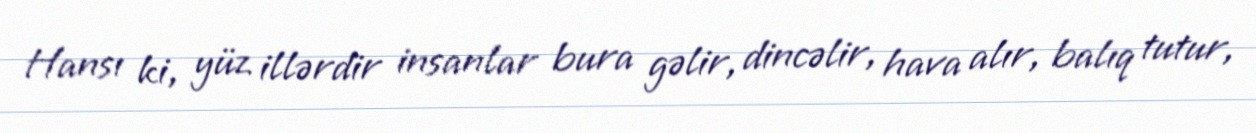
Hansı ki, yüz illərdir insanlar bura gəlir, dincəlir, hava alır, balıq tutur,